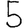
Digit: 5